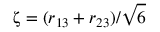
\upzeta = ( r _ { 1 3 } + r _ { 2 3 } ) / \sqrt { 6 }